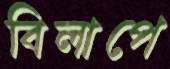
বিলাপে